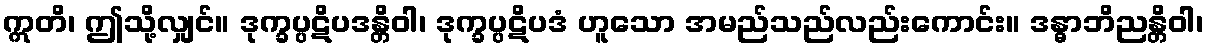
ဣတိ၊ ဤသို့လျှင်။ ဒုက္ခပ္ပဋိပဒန္တိဝါ၊ ဒုက္ခပ္ပဋိပဒံ ဟူသော အမည်သည်လည်းကောင်း။ ဒန္ဓာဘိညန္တိဝါ၊